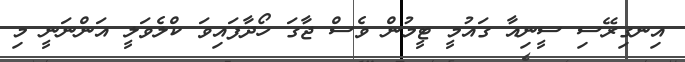
އިނގިރޭސި ސީނިއާ ގައުމީ ޓީމުން ވެސް ޖާގަ ހޯދާފައިވަ ކްލެވަލީ އަންނަނީ މި